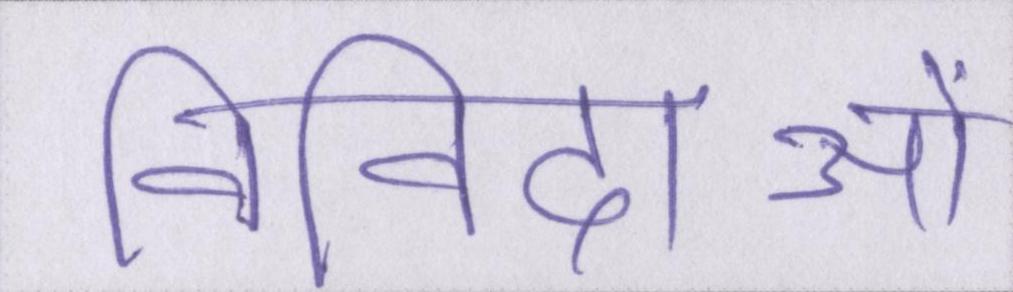
निविदाओं